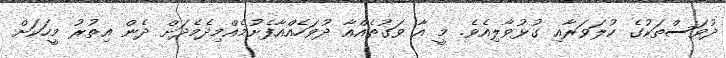
ދުވަސްތަކުގެެ ކުލަވަރާާއި ގުޅުވާލިއެވެ. މީ އާ ވަގުތެެއްއާ ދުވަހެއްއާފެށުމެެއްމިދެމެދަށް ދެން އިތުރު މީހަަކަށް